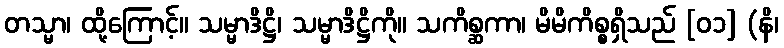
တသ္မာ၊ ထို့ကြောင့်။ သမ္မာဒိဋ္ဌိ၊ သမ္မာဒိဋ္ဌိကို။ သကိစ္ဆကာ၊ မိမိကိစ္စရှိသည် [၀၁] (နိ၊